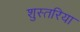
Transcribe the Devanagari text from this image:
शुस्तरिया